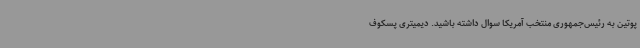
پوتین به رئیس‌جمهوری منتخب آمریکا سوال داشته باشید. دیمیتری پسکوف